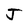
Character: J